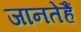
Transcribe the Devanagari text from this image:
जानतेहैं